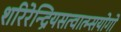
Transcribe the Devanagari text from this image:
शरिरेन्द्रियसत्वात्म्सयोगो